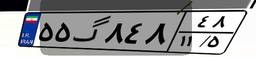
۵۵گ۸۴۸۴۸